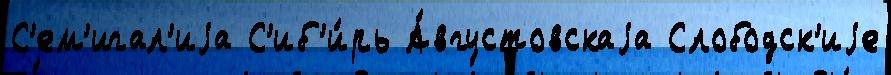
С'ем'игал'иjа С'иб'и́рь А́вгустовскаjа Слободск'иjе